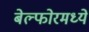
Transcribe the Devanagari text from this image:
बेल्फोरमध्ये